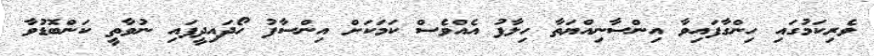
ވެރިކަމުގައި ހިންގާފައިވާ އިންސާނިއްޔަތާ ހިލާފު އެެއްވެސް ކަމަކަށް އިންސާފު ހޯދައިދީފައި ނުވާތީ ކަންބޮޑުވާ